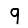
Digit: 9